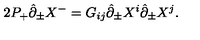
2 P _ { + } \hat { \partial } _ { \pm } X ^ { - } = G _ { i j } \hat { \partial } _ { \pm } X ^ { i } \hat { \partial } _ { \pm } X ^ { j } .